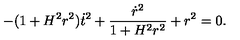
- ( 1 + H ^ { 2 } r ^ { 2 } ) \dot { t } ^ { 2 } + \frac { \dot { r } ^ { 2 } } { 1 + H ^ { 2 } r ^ { 2 } } + r ^ { 2 } = 0 .